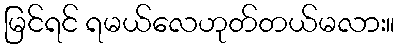
မြင်ရင် ရမယ်လေဟုတ်တယ်မလား။